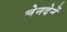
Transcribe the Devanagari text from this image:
लेनदेनें